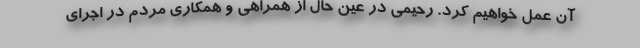
آن عمل خواهیم کرد. رحیمی در عین حال از همراهی و همکاری مردم در اجرای